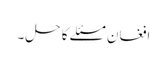
افغان مسئلے کا حل۔